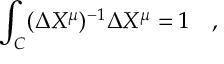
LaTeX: \int _ { C } ( \Delta X ^ { \mu } ) ^ { - 1 } \Delta X ^ { \mu } = 1 \quad ,